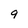
Character: 9